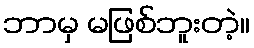
ဘာမှ မဖြစ်ဘူးတဲ့။